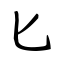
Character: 匕